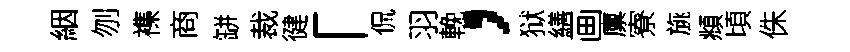
絪刎襍商缾裁徤「侃羽輓，狱繕画廪寮旐頫頃侏